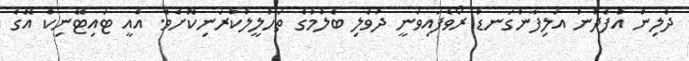
ދެލިން އުފެދުނު އަލިފާންގަނޑު ރޯވެފައިވަނީ ދުވެލި ބެލުމުގެ ތަހުލީލުކުރަނިކޮށެވެ. އެއީ ޓައިޓޭނިކް އޭގެ